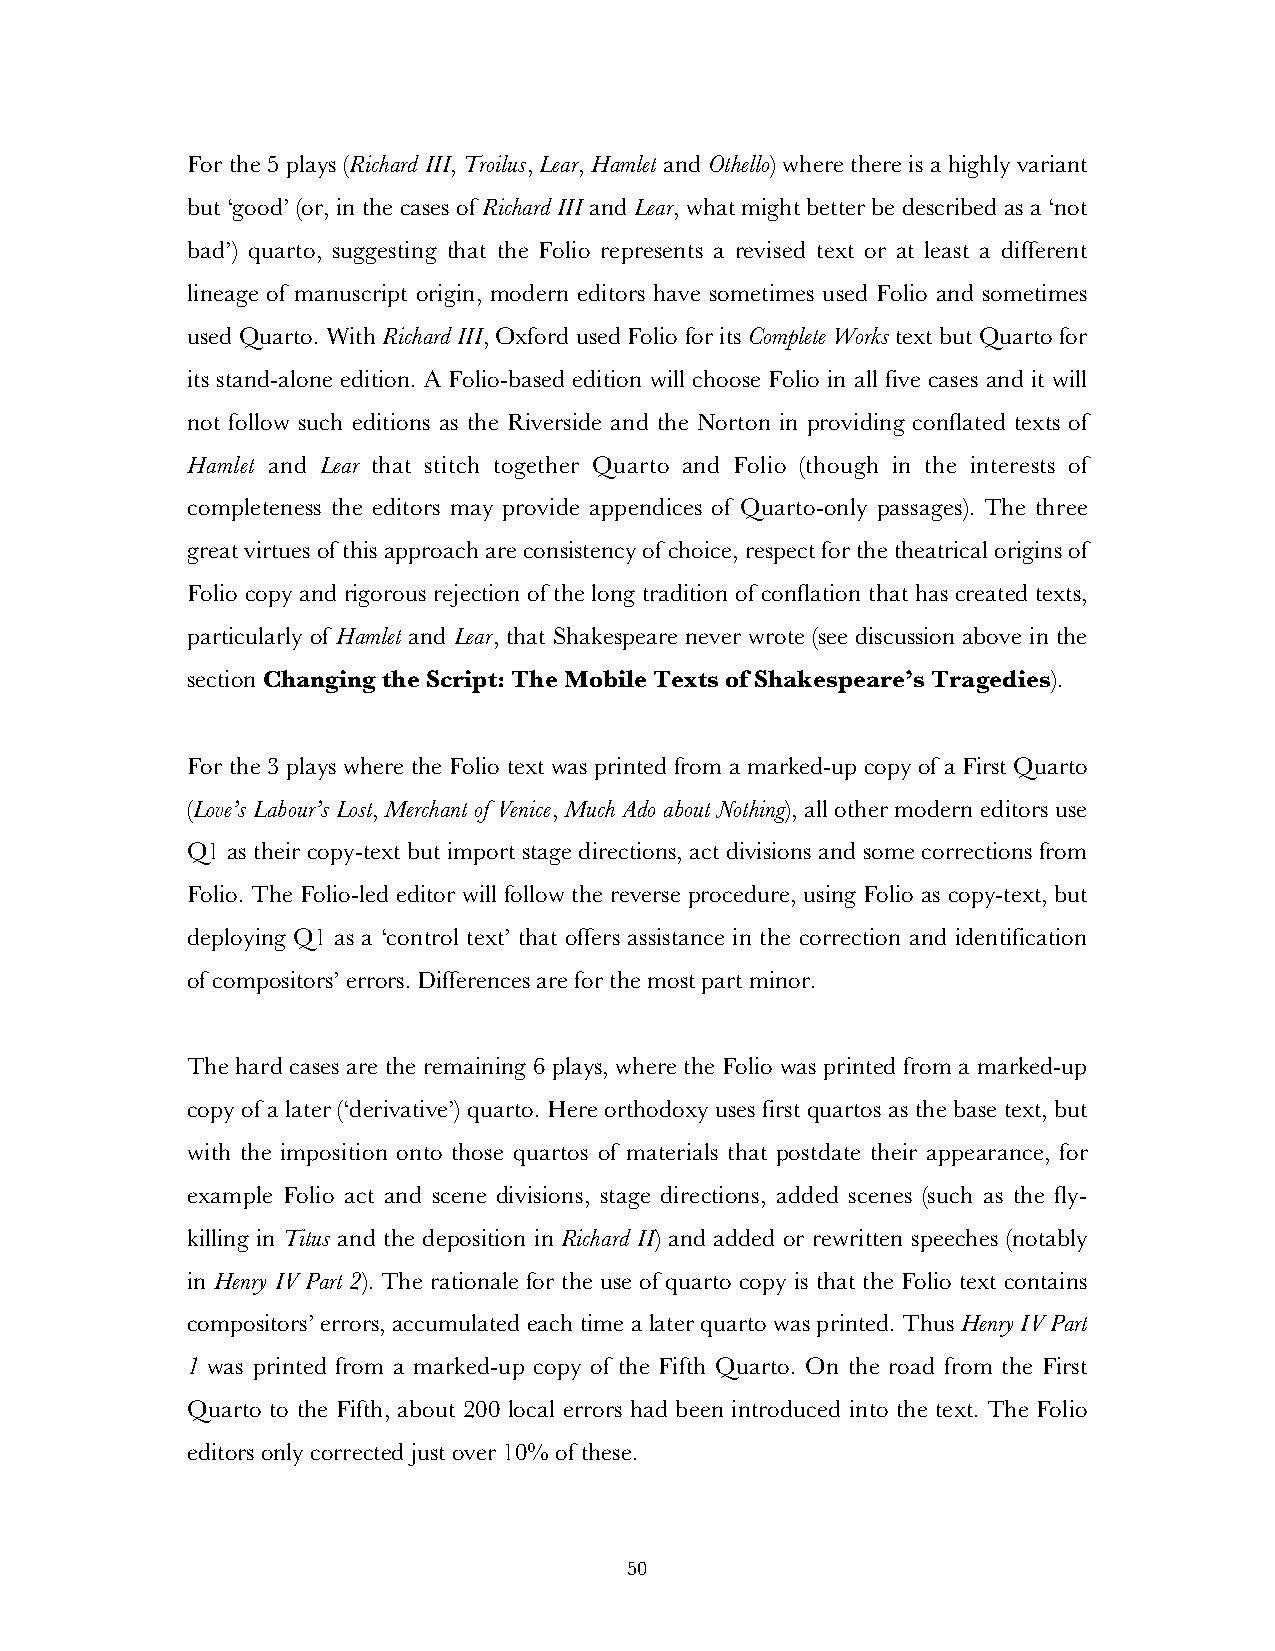
For the 5 plays (Richard III, Troilus, Lear, Hamlet and Othello) where there is a highly variant
 but ‘good’ (or, in the cases of Richard III and Lear, what might better be described as a ‘not
 bad’) quarto, suggesting that the Folio represents a revised text or at least a different
 lineage of manuscript origin, modern editors have sometimes used Folio and sometimes
 used Quarto. With Richard III, Oxford used Folio for its Complete Works text but Quarto for
 its stand-alone edition. A Folio-based edition will choose Folio in all five cases and it will
 not follow such editions as the Riverside and the Norton in providing conflated texts of
 Hamlet and Lear that stitch together Quarto and Folio (though in the interests of
 completeness the editors may provide appendices of Quarto-only passages). The three
 great virtues of this approach are consistency of choice, respect for the theatrical origins of
 Folio copy and rigorous rejection of the long tradition of conflation that has created texts,
 particularly of Hamlet and Lear, that Shakespeare never wrote (see discussion above in the
 section Changing the Script: The Mobile Texts of Shakespeare’s Tragedies).
 For the 3 plays where the Folio text was printed from a marked-up copy of a First Quarto
 (Love’s Labour’s Lost, Merchant of Venice, Much Ado about Nothing), all other modern editors use
 Q1 as their copy-text but import stage directions, act divisions and some corrections from
 Folio. The Folio-led editor will follow the reverse procedure, using Folio as copy-text, but
 deploying Q1 as a ‘control text’ that offers assistance in the correction and identification
 of compositors’ errors. Differences are for the most part minor.
 The hard cases are the remaining 6 plays, where the Folio was printed from a marked-up
 copy of a later (‘derivative’) quarto. Here orthodoxy uses first quartos as the base text, but
 with the imposition onto those quartos of materials that postdate their appearance, for
 example Folio act and scene divisions, stage directions, added scenes (such as the fly-
 killing in Titus and the deposition in Richard II) and added or rewritten speeches (notably
 in Henry IV Part 2). The rationale for the use of quarto copy is that the Folio text contains
 compositors’ errors, accumulated each time a later quarto was printed. Thus Henry IV Part
 1 was printed from a marked-up copy of the Fifth Quarto. On the road from the First
 Quarto to the Fifth, about 200 local errors had been introduced into the text. The Folio
 editors only corrected just over 10% of these.
 50